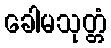
ခေါမသုတ္တံ